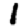
Digit: 1